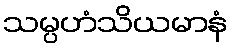
သမ္ပဟံသိယမာနံ